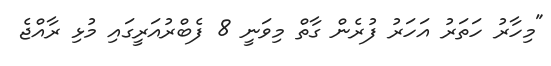
"މިހާރު ހަތަރު އަހަރު ފުރެން ގާތް މިވަނީ 8 ފެބްރުއަރީގައި މުޅި ރާއްޖެ